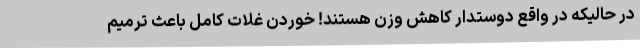
در حالیکه در واقع دوستدار کاهش وزن هستند! خوردن غلات کامل باعث ترمیم